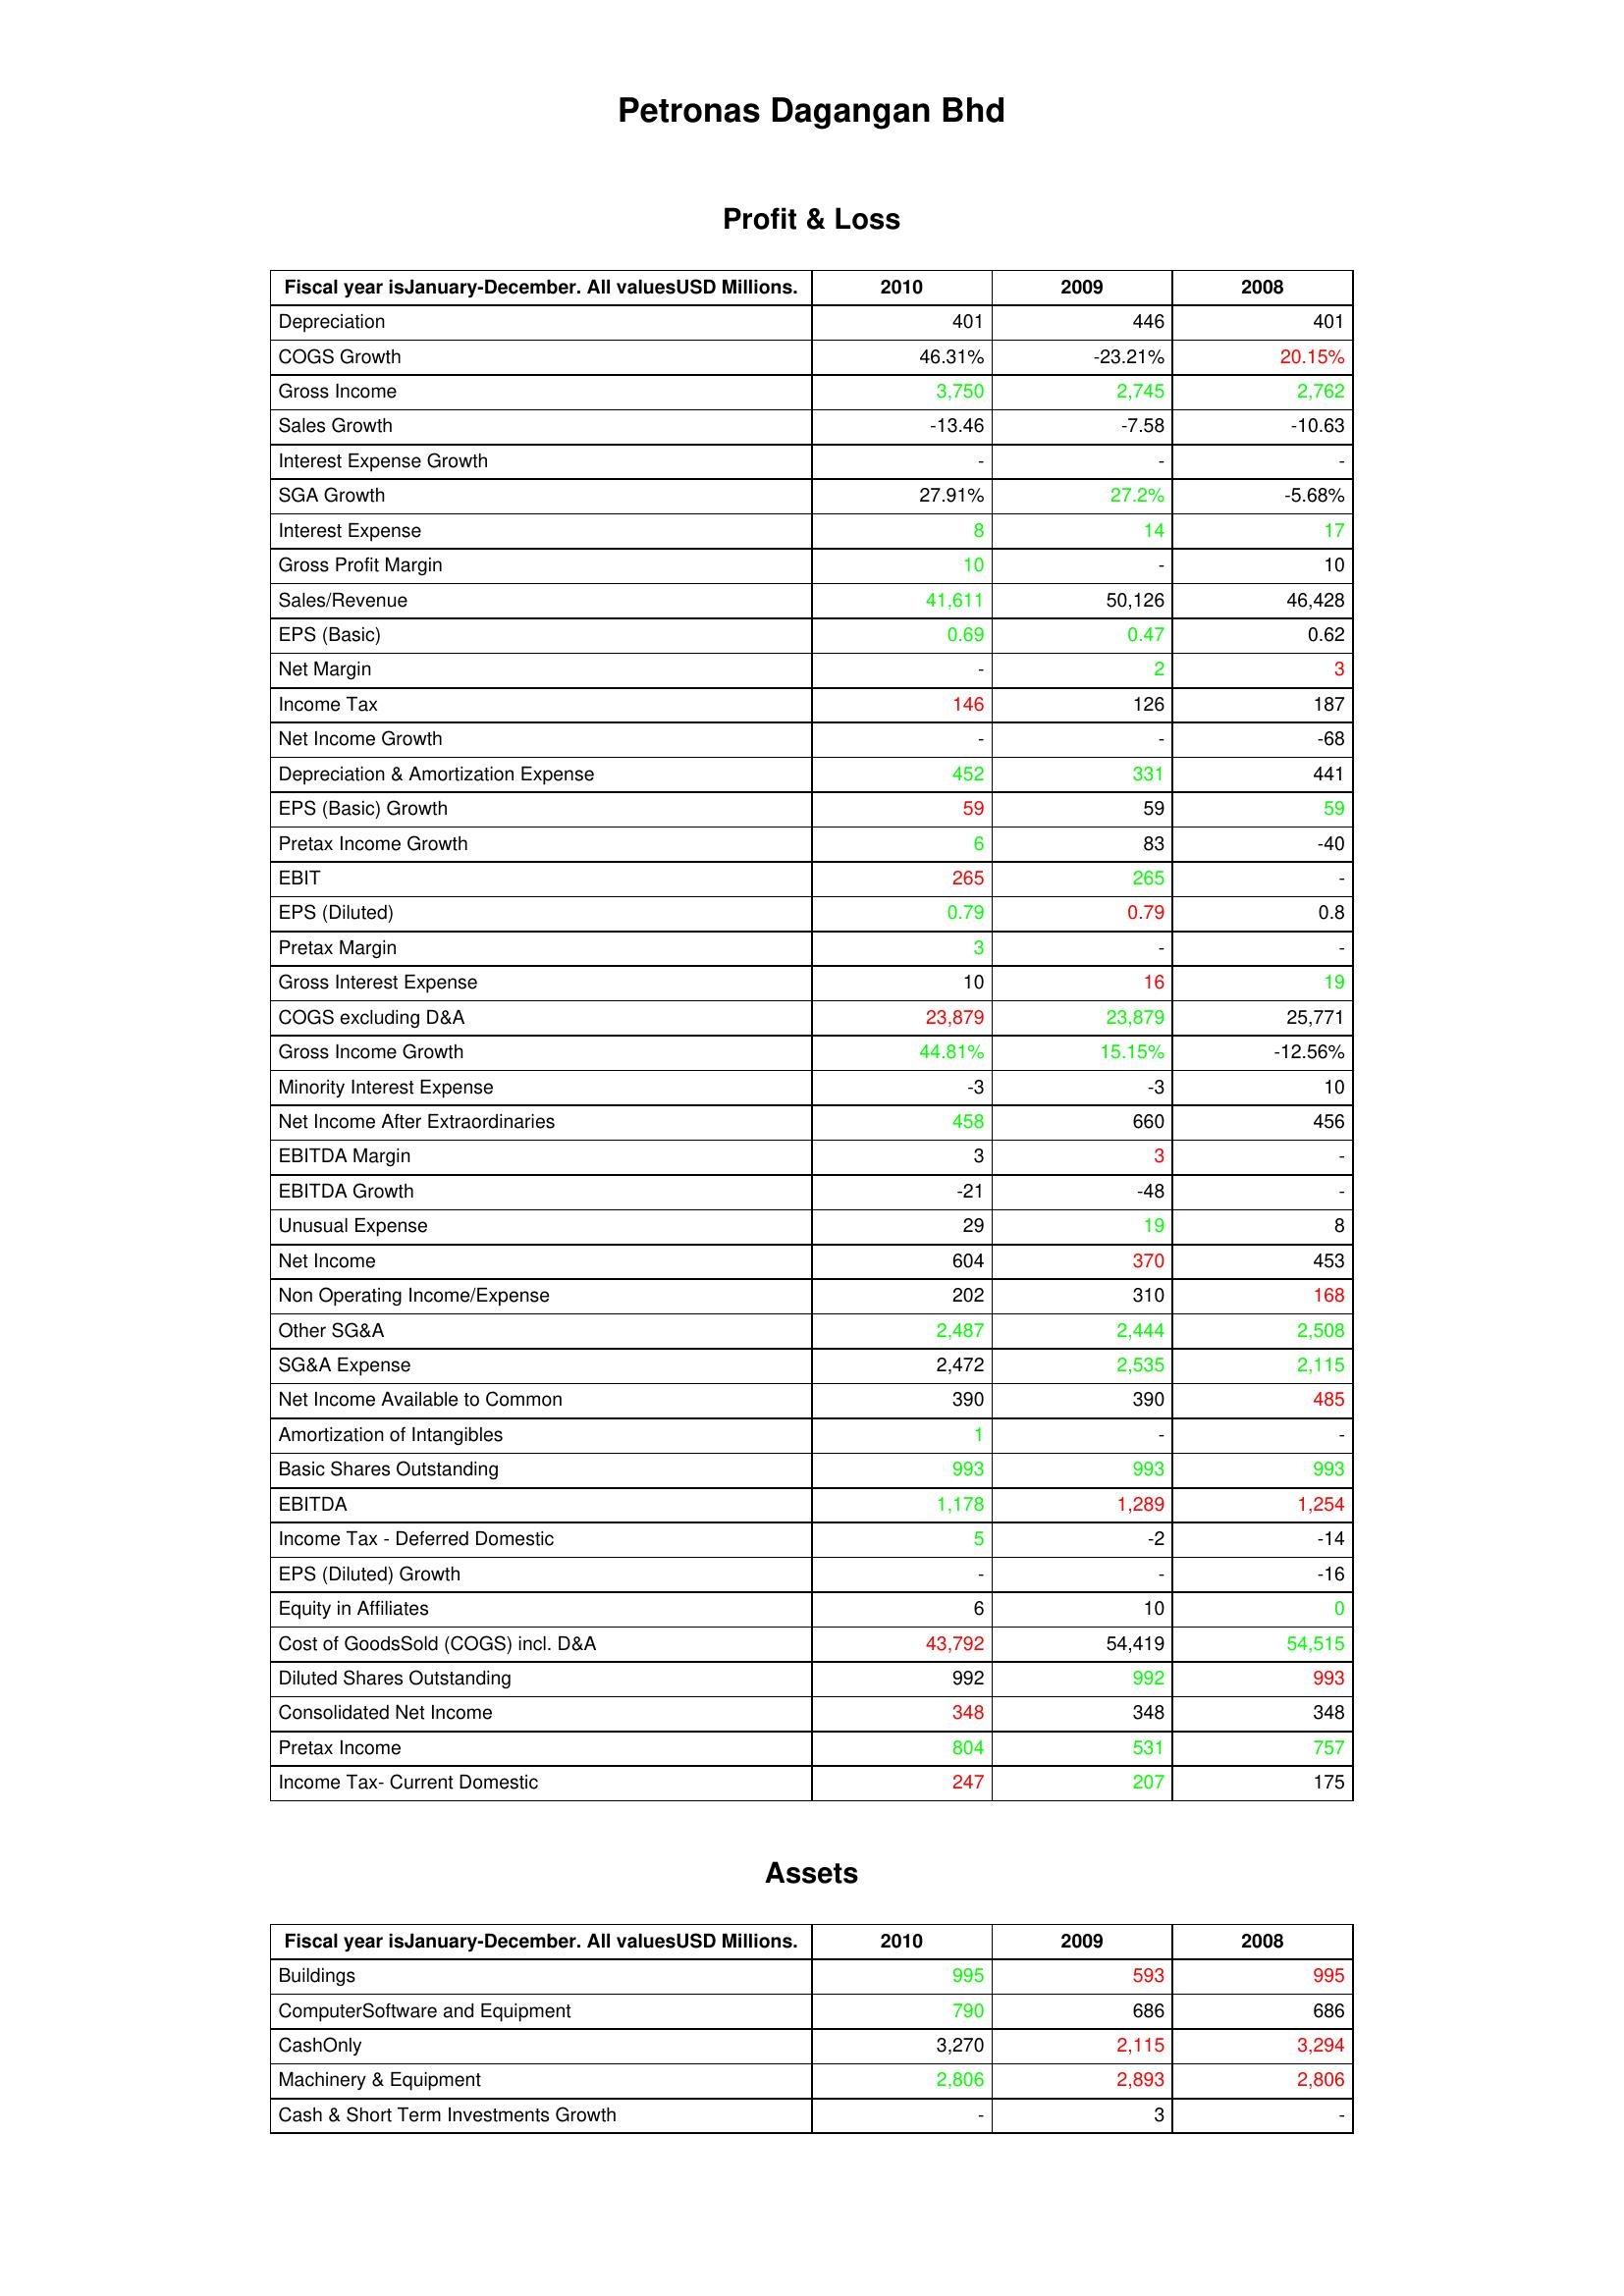
gt_parse: 2010: Profit & Loss: Depreciation: 401
COGS Growth: 46.31%
Gross Income: 3,750
Sales Growth: -13.46
Interest Expense Growth: -
SGA Growth: 27.91%
Interest Expense: 8
Gross Profit Margin: 10
Sales/Revenue: 41,611
EPS (Basic): 0.69
Net Margin: -
Income Tax: 146
Net Income Growth: -
Depreciation & Amortization Expense: 452
EPS (Basic) Growth: 59
Pretax Income Growth: 6
EBIT: 265
EPS (Diluted): 0.79
Pretax Margin: 3
Gross Interest Expense: 10
COGS excluding D&A: 23,879
Gross Income Growth: 44.81%
Minority Interest Expense: -3
Net Income After Extraordinaries: 458
EBITDA Margin: 3
EBITDA Growth: -21
Unusual Expense: 29
Net Income: 604
Non Operating Income/Expense: 202
Other SG&A: 2,487
SG&A Expense: 2,472
Net Income Available to Common: 390
Amortization of Intangibles: 1
Basic Shares Outstanding: 993
EBITDA: 1,178
Income Tax - Deferred Domestic: 5
EPS (Diluted) Growth: -
Equity in Affiliates: 6
Cost of GoodsSold (COGS) incl. D&A: 43,792
Diluted Shares Outstanding: 992
Consolidated Net Income: 348
Pretax Income: 804
Income Tax- Current Domestic: 247
Assets: Buildings: 995
ComputerSoftware and Equipment: 790
CashOnly: 3,270
Machinery & Equipment: 2,806
Cash & Short Term Investments Growth: -
2009: Profit & Loss: Depreciation: 446
COGS Growth: -23.21%
Gross Income: 2,745
Sales Growth: -7.58
Interest Expense Growth: -
SGA Growth: 27.2%
Interest Expense: 14
Gross Profit Margin: -
Sales/Revenue: 50,126
EPS (Basic): 0.47
Net Margin: 2
Income Tax: 126
Net Income Growth: -
Depreciation & Amortization Expense: 331
EPS (Basic) Growth: 59
Pretax Income Growth: 83
EBIT: 265
EPS (Diluted): 0.79
Pretax Margin: -
Gross Interest Expense: 16
COGS excluding D&A: 23,879
Gross Income Growth: 15.15%
Minority Interest Expense: -3
Net Income After Extraordinaries: 660
EBITDA Margin: 3
EBITDA Growth: -48
Unusual Expense: 19
Net Income: 370
Non Operating Income/Expense: 310
Other SG&A: 2,444
SG&A Expense: 2,535
Net Income Available to Common: 390
Amortization of Intangibles: -
Basic Shares Outstanding: 993
EBITDA: 1,289
Income Tax - Deferred Domestic: -2
EPS (Diluted) Growth: -
Equity in Affiliates: 10
Cost of GoodsSold (COGS) incl. D&A: 54,419
Diluted Shares Outstanding: 992
Consolidated Net Income: 348
Pretax Income: 531
Income Tax- Current Domestic: 207
Assets: Buildings: 593
ComputerSoftware and Equipment: 686
CashOnly: 2,115
Machinery & Equipment: 2,893
Cash & Short Term Investments Growth: 3
2008: Profit & Loss: Depreciation: 401
COGS Growth: 20.15%
Gross Income: 2,762
Sales Growth: -10.63
Interest Expense Growth: -
SGA Growth: -5.68%
Interest Expense: 17
Gross Profit Margin: 10
Sales/Revenue: 46,428
EPS (Basic): 0.62
Net Margin: 3
Income Tax: 187
Net Income Growth: -68
Depreciation & Amortization Expense: 441
EPS (Basic) Growth: 59
Pretax Income Growth: -40
EBIT: -
EPS (Diluted): 0.8
Pretax Margin: -
Gross Interest Expense: 19
COGS excluding D&A: 25,771
Gross Income Growth: -12.56%
Minority Interest Expense: 10
Net Income After Extraordinaries: 456
EBITDA Margin: -
EBITDA Growth: -
Unusual Expense: 8
Net Income: 453
Non Operating Income/Expense: 168
Other SG&A: 2,508
SG&A Expense: 2,115
Net Income Available to Common: 485
Amortization of Intangibles: -
Basic Shares Outstanding: 993
EBITDA: 1,254
Income Tax - Deferred Domestic: -14
EPS (Diluted) Growth: -16
Equity in Affiliates: 0
Cost of GoodsSold (COGS) incl. D&A: 54,515
Diluted Shares Outstanding: 993
Consolidated Net Income: 348
Pretax Income: 757
Income Tax- Current Domestic: 175
Assets: Buildings: 995
ComputerSoftware and Equipment: 686
CashOnly: 3,294
Machinery & Equipment: 2,806
Cash & Short Term Investments Growth: -